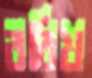
বরিখ